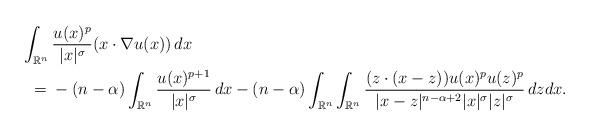
LaTeX: \begin{align*}\int_{\mathbb{R}^n} {} & \frac{u(x)^p}{|x|^{\sigma}}(x\cdot \nabla u(x))\,dx \\= {} & -(n-\alpha)\int_{\mathbb{R}^n}\frac{u(x)^{p+1}}{|x|^{\sigma}}\,dx - (n-\alpha)\int_{\mathbb{R}^n}\int_{\mathbb{R}^n} \frac{(z\cdot (x-z))u(x)^{p}u(z)^{p}}{|x-z|^{n-\alpha + 2}|x|^{\sigma}|z|^{\sigma}}\,dz dx.\end{align*}